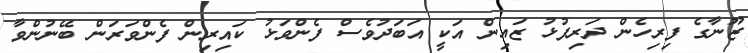
ޒޫނާގެ ފިރިހެން ދަރިފުޅު ޒައިން އަކީ އަބަދުވެސް ފެންވަޅު ކައިރިން ފެންވަރަން ބޭނުންވާ